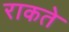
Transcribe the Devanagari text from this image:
राकते